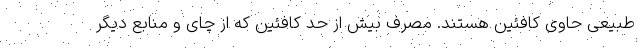
طبیعی حاوی کافئین هستند. مصرف بیش از حد کافئین که از چای و منابع دیگر